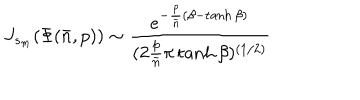
J _ { s _ { m } } ( \Phi ( { \bar { n } } , p ) ) \sim { \frac { e ^ { - { \frac { p } { \bar { n } } } ( \beta - \tanh \beta ) } } { ( 2 { \frac { p } { \bar { n } } } \pi \tanh \beta ) ^ { ( 1 / 2 ) } } }